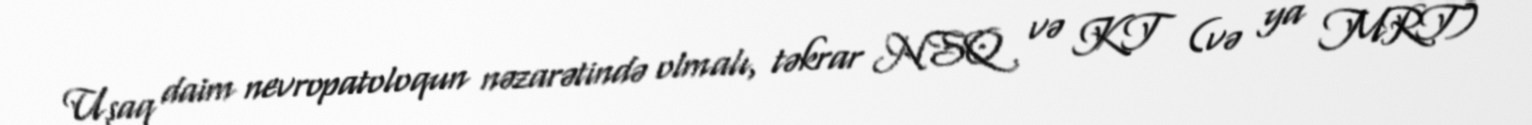
Uşaq daim nevropatoloqun nəzarətində olmalı, təkrar NSQ və KT (və ya MRT)